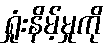
ရှုံးနိမ့်မှုကို